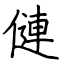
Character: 僆